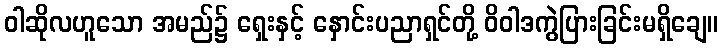
ဝါဆိုလဟူသော အမည်၌ ရှေးနှင့် နှောင်းပညာရှင်တို့ ဝိဝါဒကွဲပြားခြင်းမရှိချေ။